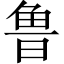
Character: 鲁